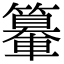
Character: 𨏉